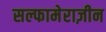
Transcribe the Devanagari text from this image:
सल्फामेराज़ीन